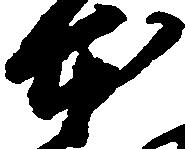
本